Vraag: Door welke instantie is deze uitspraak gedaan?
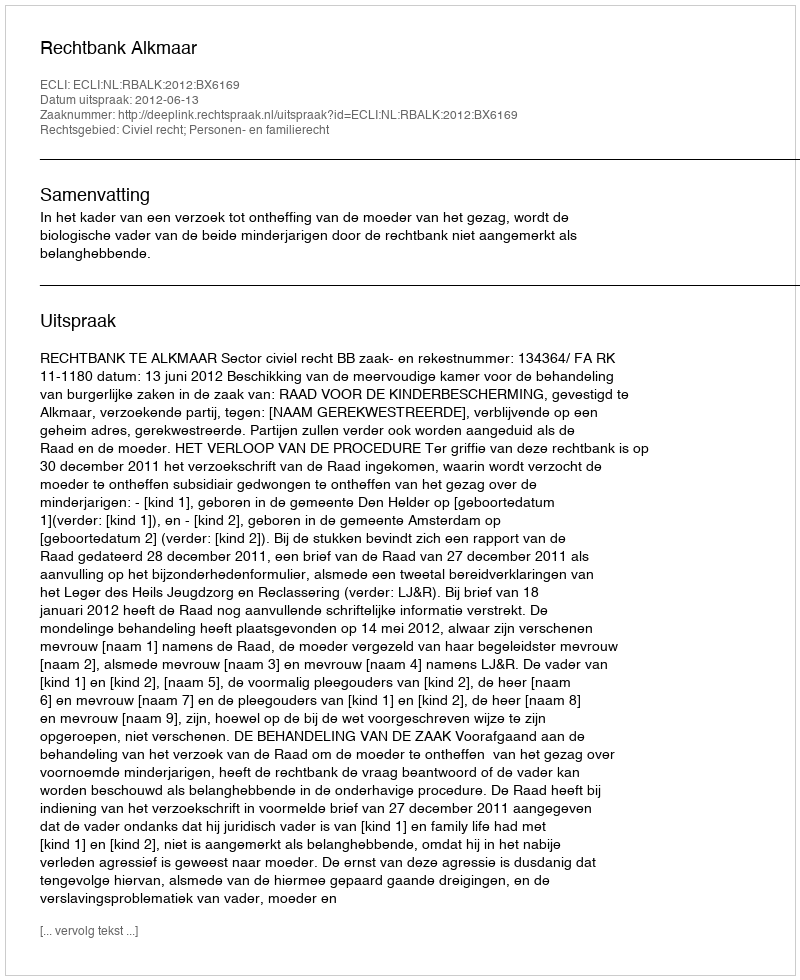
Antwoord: Rechtbank Alkmaar